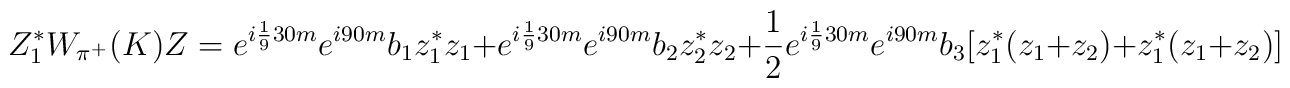
Z_1^*W_{\pi^+}(K)Z= e^{i \frac19 30 m}e^{i 90 m}b_1 z_1^*z_1 +  e^{i \frac19 30 m}e^{i 90 m}b_2 z_2^*z_2+\frac12 e^{i \frac19 30 m}e^{i 90 m}b_3 [z_1^*(z_1+z_2)+ z_1^*(z_1+z_2)]